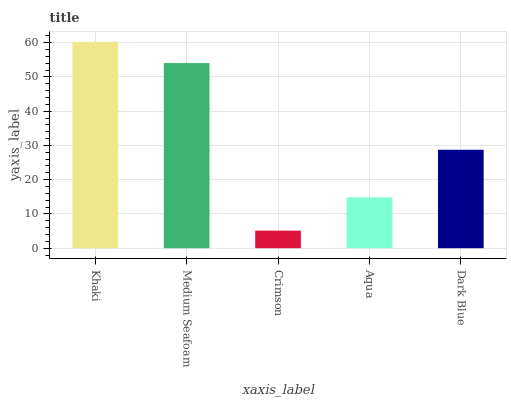
| xaxis_label | bars |
 | --- | --- |
 | Khaki | 60.3 |
 | Medium Seafoam | 54.1 |
 | Crimson | 5.13 |
 | Aqua | 14.8 |
 | Dark Blue | 28.7 |